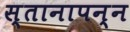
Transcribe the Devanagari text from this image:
स्तानापन्न